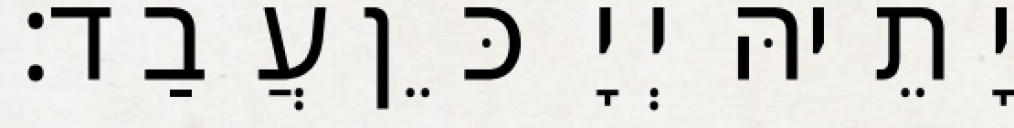
יָתֵיהּ יְיָ כֵּן עֲבַד׃